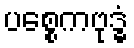
ပစ္စေကဗုဒ္ဓံ